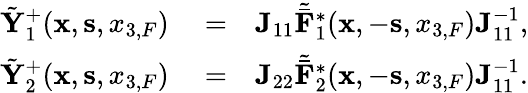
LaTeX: \begin{array}{rlr}{\tilde{{\mathbf Y}}_{1}^{+}({{\mathbf x}},{{\mathbf s}},{x_{3,F}})}&{{}=}&{{\mathbf J}_{11}{\tilde{\bar{\mathbf F}}}_{1}^{*}({{\mathbf x}},-{{\mathbf s}},{x_{3,F}}){\mathbf J}_{11}^{-1},}\\ {\tilde{{\mathbf Y}}_{2}^{+}({{\mathbf x}},{{\mathbf s}},{x_{3,F}})}&{{}=}&{{\mathbf J}_{22}{\tilde{\bar{\mathbf F}}}_{2}^{*}({{\mathbf x}},-{{\mathbf s}},{x_{3,F}}){\mathbf J}_{11}^{-1}.}\end{array}